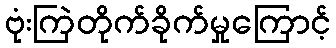
ဗုံးကြဲတိုက်ခိုက်မှုကြောင့်